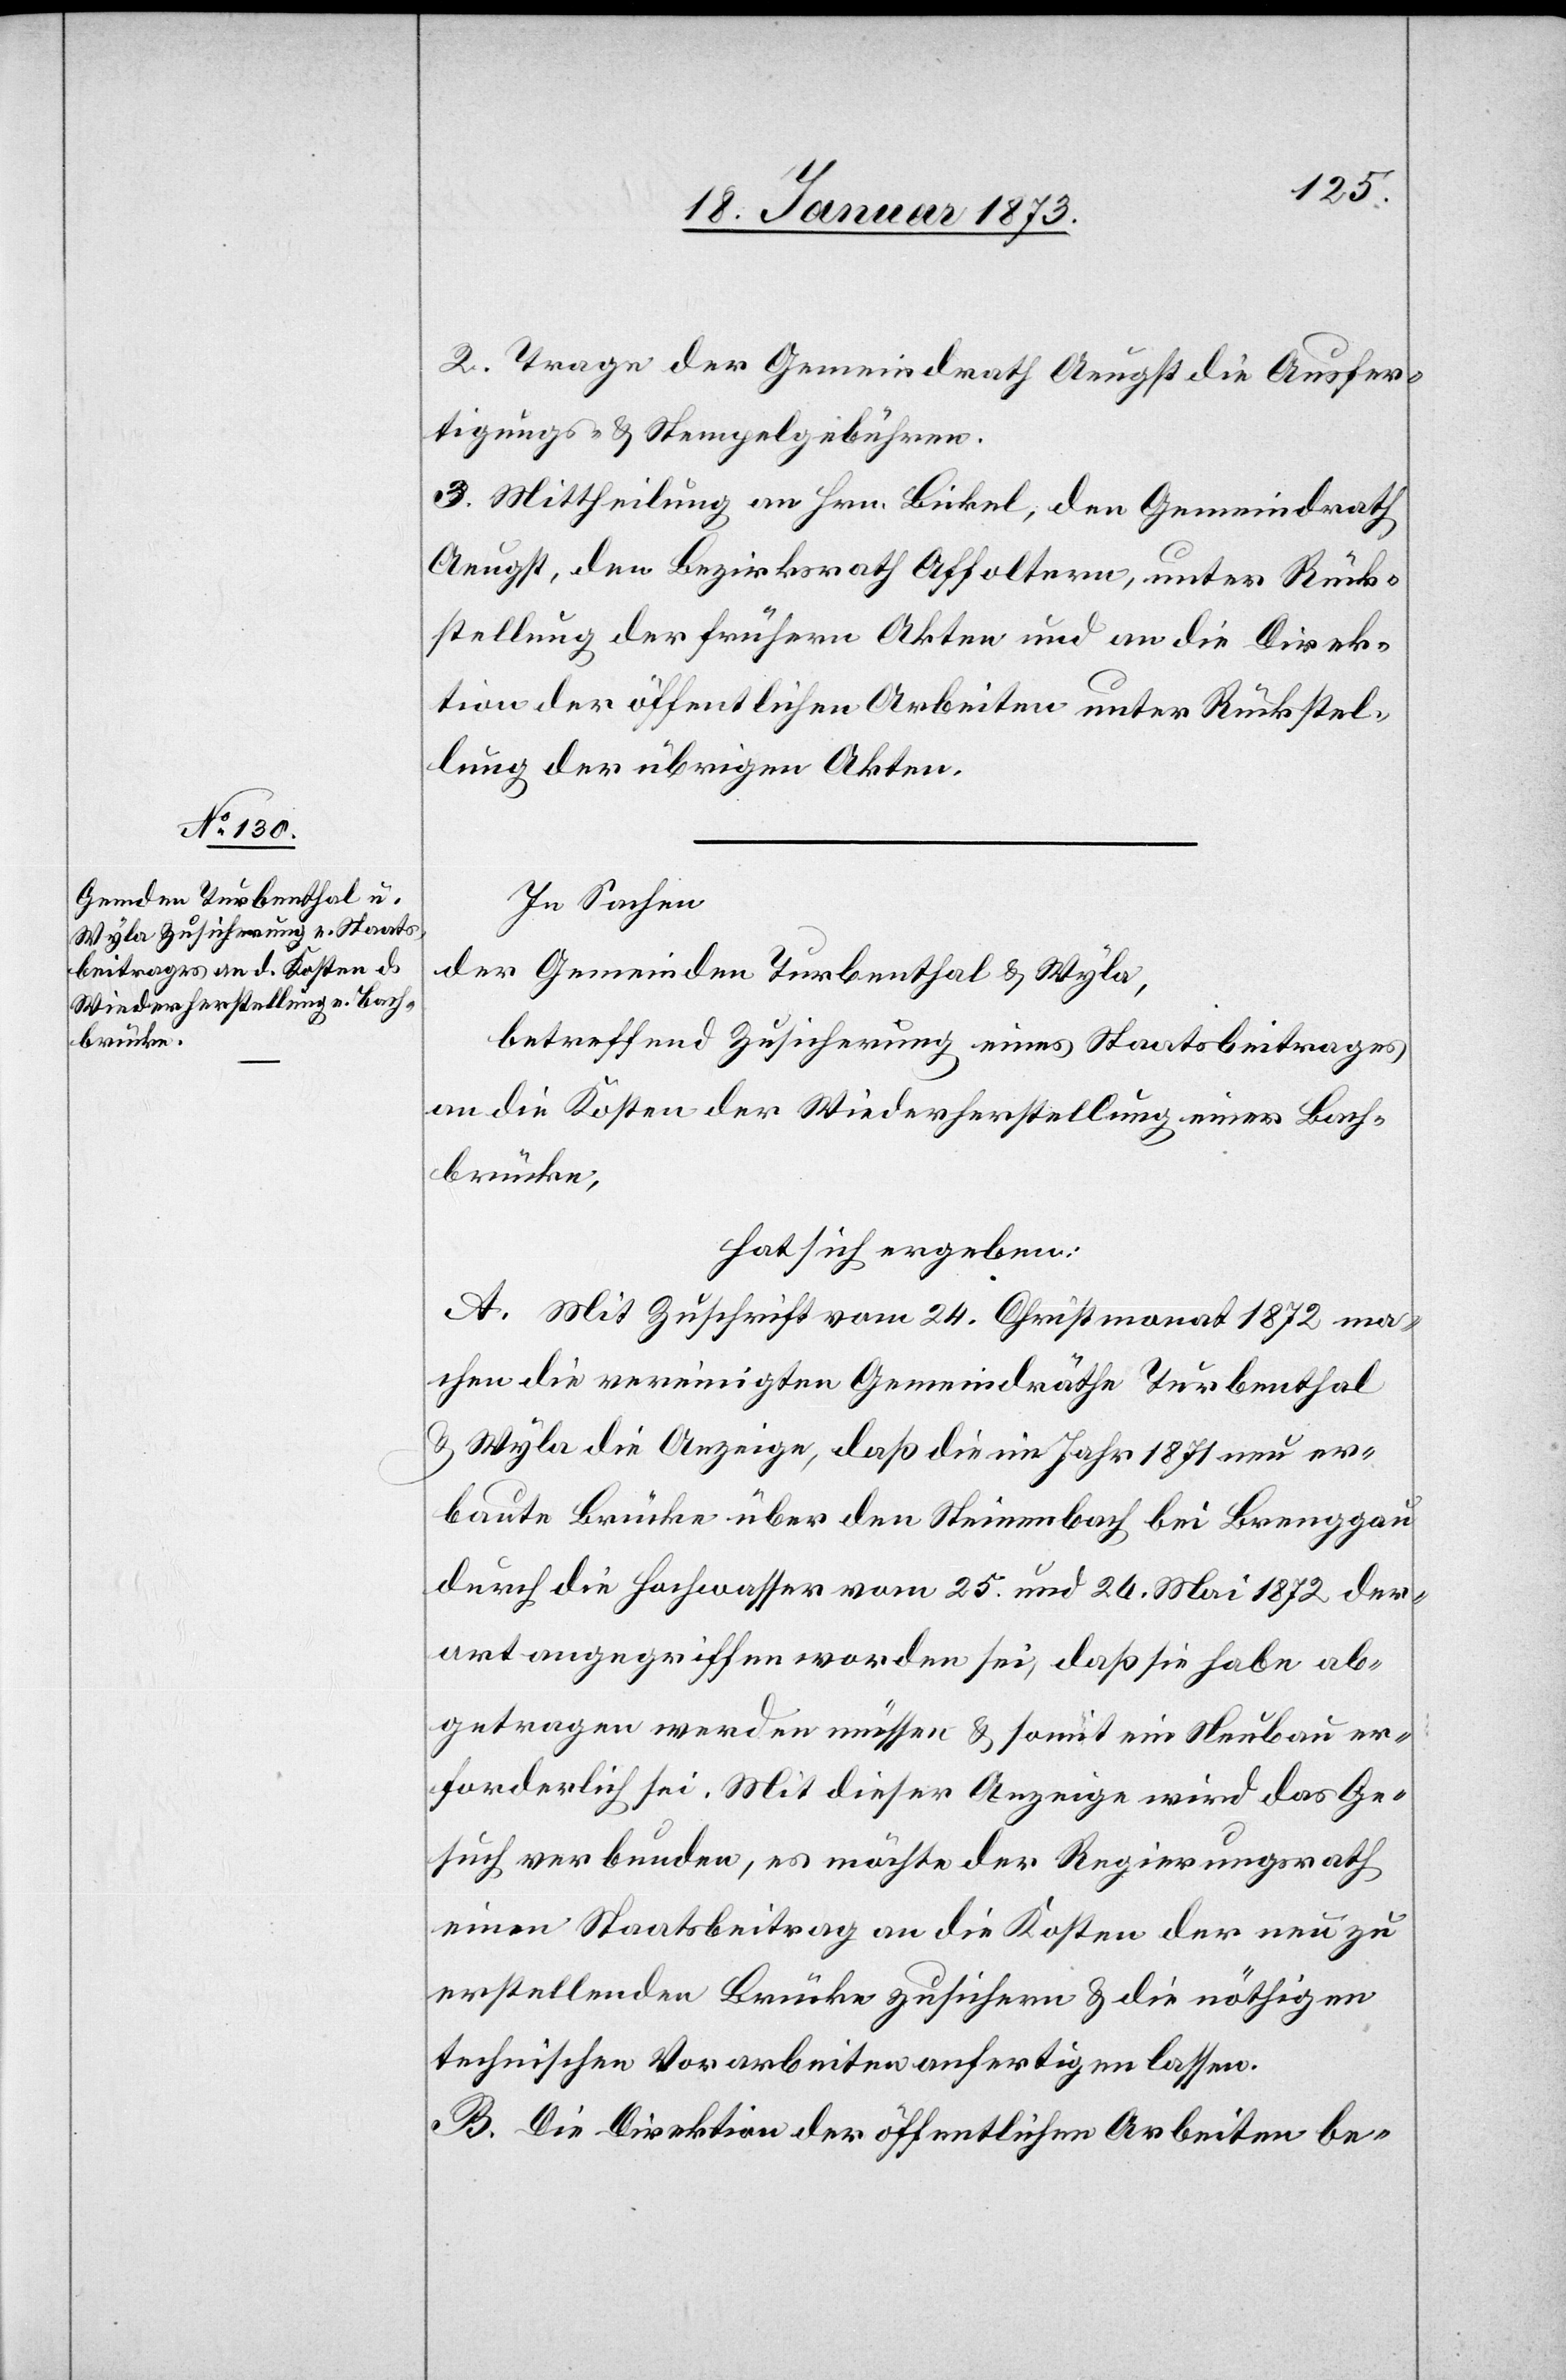
2. Trage der Gemeindrath Aeugst die Ausfer¬
tigungs- u. Stempelgebühren.
3. Mittheilung an Hrn. Bickel, den Gemeindrath
Aeugst, den Bezirksrath Affoltern, unter Rück¬
stellung der frühern Akten und an die Direk¬
tion der öffentlichen Arbeiten unter Rückstel¬
lung der übrigen Akten.
In Sachen
der Gemeinden Turbenthal u. Wyla,
betreffend Zusicherung eines Staatsbeitrages
an die Kosten der Wiederherstellung einer Bach¬
brücke,
hat sich ergeben:
A. Mit Zuschrift vom 24. Christmonat 1872 ma¬
chen die vereinigten Gemeindräthe Turbenthal
u. Wyla die Anzeige, daß die im Jahr 1871 neu er¬
baute Brücke über den Steinenbach bei Brenggau
durch die Hochwasser vom 25. und 24. Mai 1872 der¬
art angegriffen worden sei, daß sie habe ab¬
getragen werden müssen u. somit ein Neubau er¬
forderlich sei. Mit dieser Anzeige wird das Ge¬
such verbunden, es möchte der Regierungsrath
einen Staatsbeitrag an die Kosten der neu zu
erstellenden Brücke zusichern u. die nöthigen
technischen Vorarbeiten anfertigen lassen.
B. Die Direktion der öffentlichen Arbeiten be-